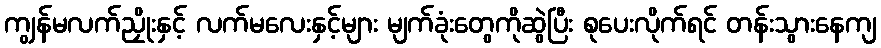
ကျွန်မလက်ညှိုးနှင့် လက်မလေးနှင့်များ မျက်ခုံးတွေကိုဆွဲပြီး စုပေးလိုက်ရင် တန်းသွားနေကျ